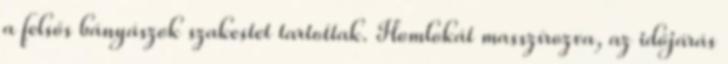
a felsős bányászok szakestet tartottak. Homlokát masszírozva, az időjárás